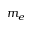
m _ { e }